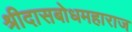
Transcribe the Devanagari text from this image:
श्रीदासबोधमहाराज